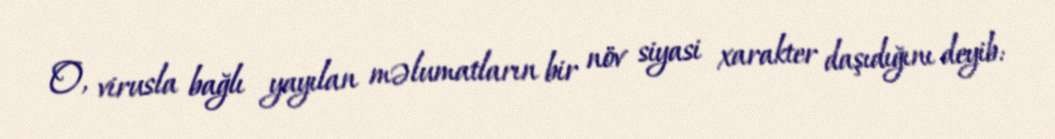
O, virusla bağlı yayılan məlumatların bir növ siyasi xarakter daşıdığını deyib: